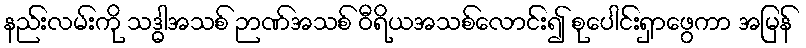
နည်းလမ်းကို သဒ္ဓါအသစ် ဉာဏ်အသစ် ဝီရိယအသစ်လောင်း၍ စုပေါင်းရှာဖွေကာ အမြန်